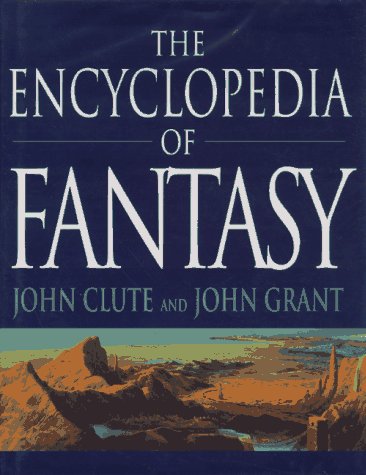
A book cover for The Encyclopedia of Fantasy; Humor & Entertainment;